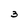
Character: 3